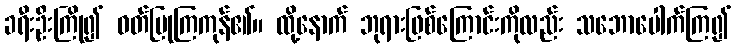
ခရီးဦးကြို၍ ဝတ်ပြုကြကုန်၏။ ထို့နောက် ဘုရားဖြစ်ကြောင်းကိုလည်း သဘောပေါက်ကြ၍